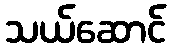
သယ်ဆောင်